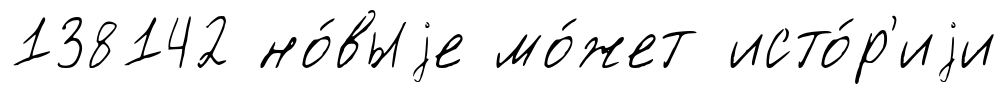
138142 но́выjе мо́жет исто́р'иjи